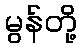
မွန်တို့